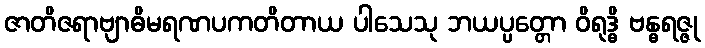
ဇာတိဇရာဗျာဓိမရဏပကတိတာယ ပါသေသု ဘယပ္ပတ္တော ဝိရုဒ္ဓိ ဗန္ဓရဇ္ဇု